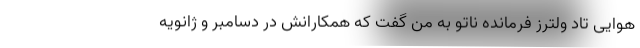
هوایی تاد ولترز فرمانده ناتو به من گفت که همکارانش در دسامبر و ژانویه